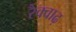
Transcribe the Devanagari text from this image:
रैक्वाढ़